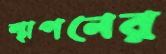
স্থাপনের